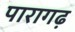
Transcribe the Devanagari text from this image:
पारागढ़